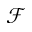
\mathcal { F }